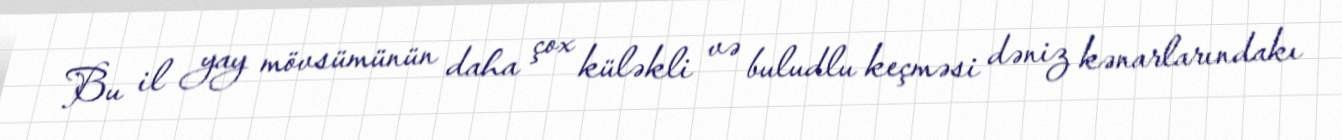
Bu il yay mövsümünün daha çox küləkli və buludlu keçməsi dəniz kənarlarındakı